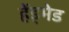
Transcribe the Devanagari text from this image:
हेंड्मेड